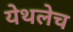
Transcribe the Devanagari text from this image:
येथलेच